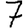
Digit: 7